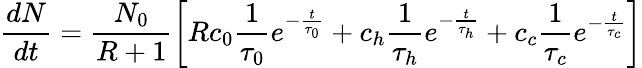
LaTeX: \frac{dN}{dt}=\frac{N_{0}}{R+1}\left[Rc_{0}\frac{1}{\tau_{0}}e^{-\frac{t}{\tau_{0}}}+c_{h}\frac{1}{\tau_{h}}e^{-\frac{t}{\tau_{h}}}+c_{c}\frac{1}{\tau_{c}}e^{-\frac{t}{\tau_{c}}}\right]